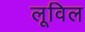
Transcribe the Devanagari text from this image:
लूविल